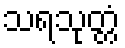
သရသုတ္တံ